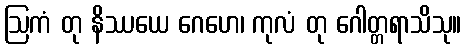
ဩကံ တု နိဿယေ ဂေဟေ၊ ကုလံ တု ဂေါတ္တရာသိသု။